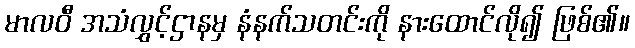
မာလဝီ အသံလွှင့်ဌာနမှ နံနက်သတင်းကို နားထောင်လို၍ ဖြစ်၏။